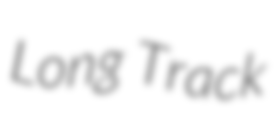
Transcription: Long Track